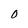
Character: 0